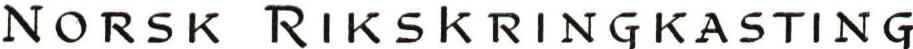
NORSK RIKSKRINGKASTING